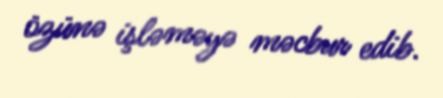
özünə işləməyə məcbur edib.